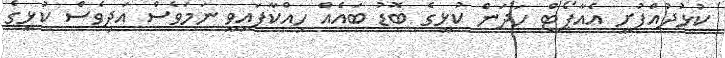
ކުޅުދުއްފުށީ އެއާޕޯޓް ހަދަން ކުޅީގެ ބޮޑު ބައެއް ހިއްކާފައިވީ ނަމަވެސް އަދިވެސް ކުޅީގެ